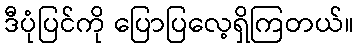
ဒီပုံပြင်ကို ပြောပြလေ့ရှိကြတယ်။